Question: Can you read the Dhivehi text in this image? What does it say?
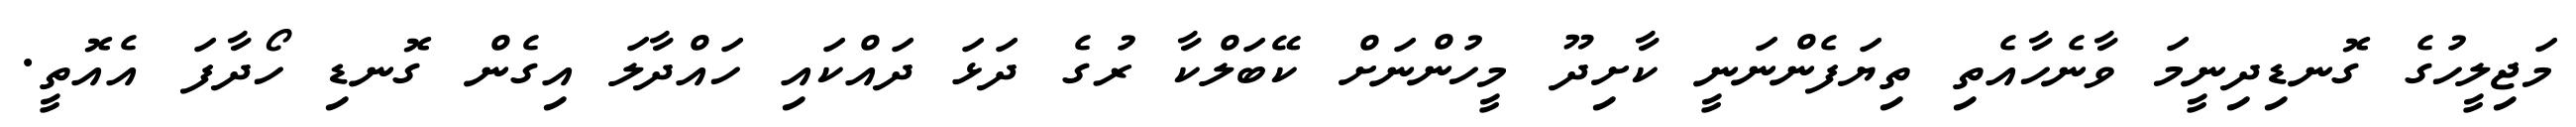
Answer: މަޖިލީހުގެ ގޮނޑިދިނީމަ ވާނެހާއެތި ތިޔަފެންނަނީ ކާށިދޫ މީހުންނަށް ކޭބަލްކާ ރުގެ ދަޅަ ދައްކައި ހައްދާލަ އިގެން ގޮނޑި ހޯދާފަ އެއޮތީ.